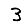
Digit: 3